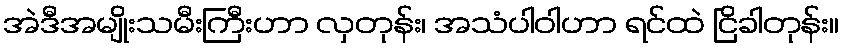
အဲဒီအမျိုးသမီးကြီးဟာ လှတုန်း၊ အသံပါဝါဟာ ရင်ထဲ ငြိခါတုန်း။